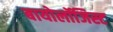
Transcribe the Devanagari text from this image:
बायोलॉजिस्ट